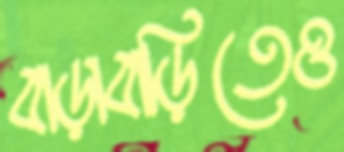
বাড়াবাড়িতেও